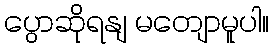
ပွောဆိုရနျ မတျောမူပါ။